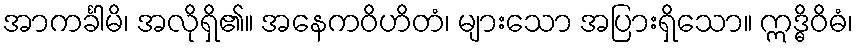
အာကင်္ခါမိ၊ အလိုရှိ၏။ အနေကဝိဟိတံ၊ များသော အပြားရှိသော။ ဣဒ္ဓိဝိဓံ၊